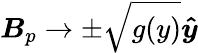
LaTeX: \boldsymbol{B}_{p}\to\pm\sqrt{g(y)}\boldsymbol{\hat{y}}